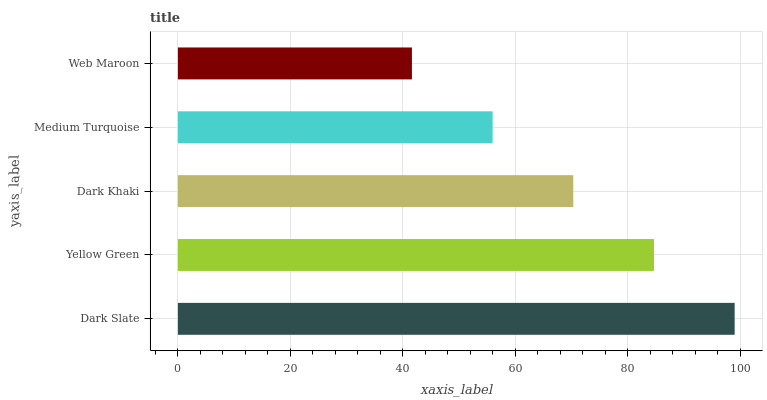
| yaxis_label | bars |
 | --- | --- |
 | Dark Slate | 99 |
 | Yellow Green | 84.7 |
 | Dark Khaki | 70.3 |
 | Medium Turquoise | 56 |
 | Web Maroon | 41.6 |